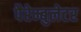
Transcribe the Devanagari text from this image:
पैरेम्बुलेटर